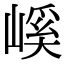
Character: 嵠